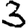
Digit: 3